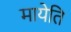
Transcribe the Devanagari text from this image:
मायेति